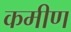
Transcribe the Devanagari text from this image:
कमीण